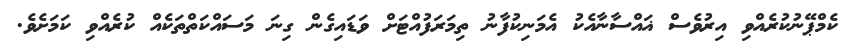
ކެމްޕޭނުކުރެއްވި އިރުވެސް ޣައްސާނާއެކު އެމަނިކުފާނު ތިމަރަފުއްޓަށް ވަޑައިގެން ގިނަ މަސައްކަތްތަކެއް ކުރެއްވި ކަމަށެވެ.